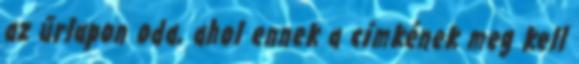
az űrlapon oda, ahol ennek a címkének meg kell